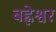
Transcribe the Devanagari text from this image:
बह्नेश्वर